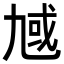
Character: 𪜗